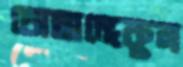
তোছাদ্দেকুল